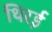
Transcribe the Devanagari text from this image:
थिरई